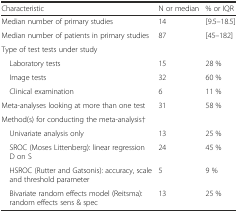
| Characteristic | N or median | % or IQR |
 | --- | --- | --- |
 | Median number of primary studies | 14 | [9.5–18.5] |
 | Median number of patients in primary studies | 87 | [45–182] |
 | <COLSPAN=3> Type of test tests under study |
 | Laboratory tests | 15 | 28 % |
 | Image tests | 32 | 60 % |
 | Clinical examination | 6 | 11 % |
 | Meta-analyses looking at more than one test | 31 | 58 % |
 | <COLSPAN=3> Method(s) for conducting the meta-analysis† |
 | Univariate analysis only | 13 | 25 % |
 | SROC (Moses Littenberg): linear regression D on S | 24 | 45 % |
 | HSROC (Rutter and Gatsonis): accuracy, scale and threshold parameter | 5 | 9 % |
 | Bivariate random effects model (Reitsma): random effects sens & spec | 13 | 25 % |